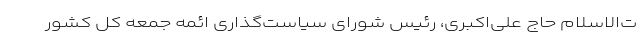
ت‌الاسلام حاج علی‌اکبری، رئیس شورای سیاست‌گذاری ائمه جمعه کل کشور